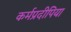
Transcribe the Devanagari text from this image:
कर्मप्रदीपिया